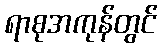
ရာစုအကုန်တွင်